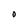
Character: O